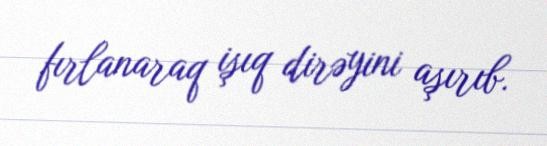
fırlanaraq işıq dirəyini aşırıb.